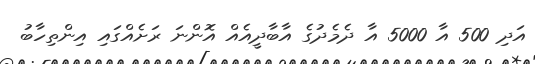
އަދި 500 އާ 5000 އާ ދެމެދުގެ އާބާދީއެއް އޮންނަ ރަށެއްގައި އިންތިހާބު